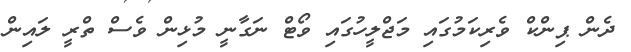
ދެން ޕިންކް ވެރިކަމުގައި މަޖްލީހުގައި ވޯޓް ނަގާނީ މުޅިން ވެސް ތްރީ ލައިން